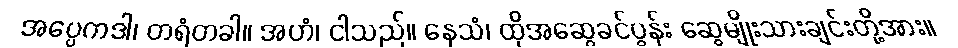
အပ္ပေကဒါ၊ တရံတခါ။ အဟံ၊ ငါသည်။ နေသံ၊ ထိုအဆွေခင်ပွန်း ဆွေမျိုးသားချင်းတို့အား။